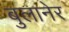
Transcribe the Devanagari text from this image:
बुलानेर